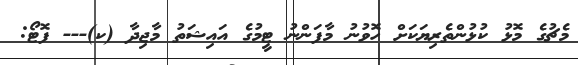
މެޗުގެ މޮޅު ކުޅުންތެރިޔަކަށް ހޮވުނު މާފަންނު ޓީމުގެ އައިޝަތު މާޖިދާ (ކ)--- ފޮޓޯ: